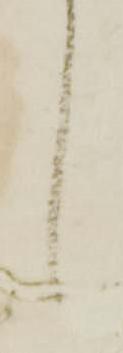
候